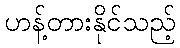
ဟန့်တားနိုင်သည့်